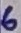
Text: 6